Civil Veterinary Department Bengal reports 1923-33 - 1923-1933
Year: 1923
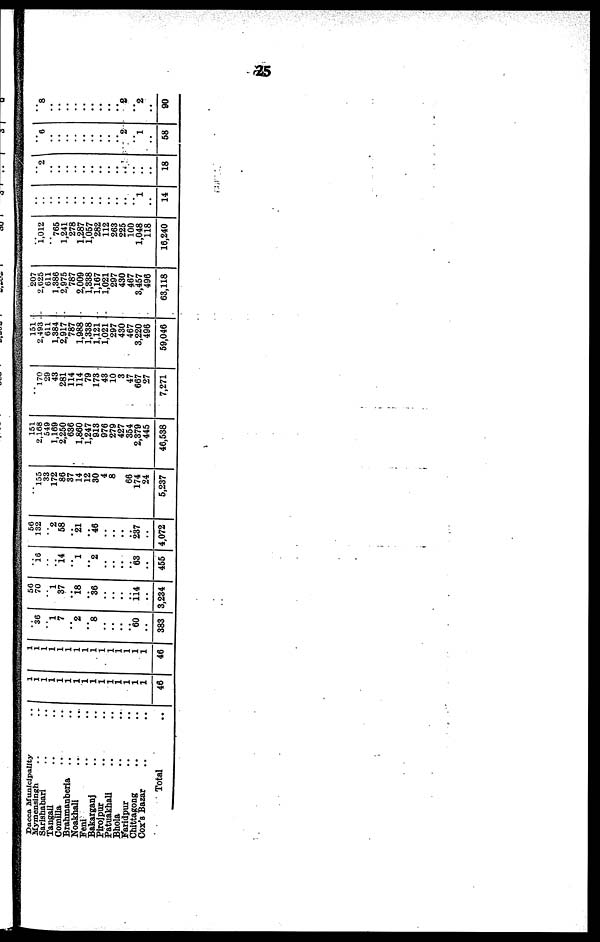
25
Dacca Municipality ..
Mymensingh .. ..
Sarishabari .. ..
Tangall .. ..
Comilla .. ..
Brahmanberia .. ..
Noakhali .. ..
Feni .. ..
Bakarganj .. ..
Pirojpur .. ..
Patuakhali .. ..
Bhola .. ..
Faridpur .. ..
Chittagong .. ..
Cox's Bazar .. ..
Total..
1
1
1
1
1
1
1
1
1
1
1
1
1
1 1
46
1
1
1
1
1
1
1
1
1
1
1
1
1
1
1
46
.. 36
.. 1
7
.. 2
.. 8
..
..
..
.. 60
..
383
50
70
.. 1
37
.. 18
.. 36
..
..
..
.. 114
..
3,234
..
16
..
.. 14
.. 1
.. 2
.. ...
..
.. 63
..
455
56
132
.. 2
58
.. 21
.. 46
.. ..
..
.. 287
..
4,072
..
155
33
172
86
37
14
12
30
4
8
..
66
174
24
5,237
151
2,168
549
1,160
2,250
636
1,860
1,247
013
976
270
427
354
2,870
445
46,538
..
170
29
43
281
114
114
79
173
48
10
3
47
667
27
7,271
151
2,493
611
1,384
2,017
787
1,088
1,338
1,121
1,021
297
430
467
3,220
496
50,046
207
2,025
611
1,386
2,975
787
2,009
1,338
1,167
1,021
207
430
467
3,457
496
63,118
.. 1,012
..
765
1,241
278
1,287
1,057
282
112
263
225
100
1,048
118
16,240
..
..
..
..
..
..
..
..
..
..
..
..
.. 1
..
14
.. 2
..
..
..
..
..
..
..
..
.. ..
..
..
..
18
.. 6
..
..
..
..
..
..
..
..
.. 2
.. 1
..
58
.. 8
..
..
..
..
..
.. ..
..
..
2
..
2
..
90